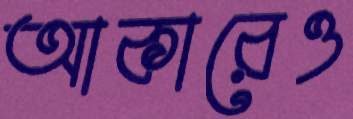
আকারেও